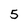
Character: 5